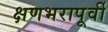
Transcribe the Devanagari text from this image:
क्षणभरापूर्वी